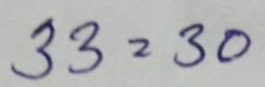
33 = 30